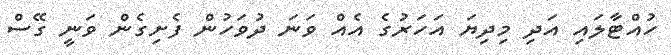
ހުއްޓާލައި އަދި މިދިޔަ އަހަރުގެ އެއް ވަނަ ދުވަހުން ފެށިގެން ވަނީ ގޭސް